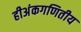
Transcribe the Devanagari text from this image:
हीअंकगणितीय